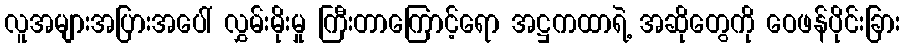
လူအများအပြားအပေါ် လွှမ်းမိုးမှု ကြီးတာကြောင့်ရော အဋ္ဌကထာရဲ့ အဆိုတွေကို ဝေဖန်ပိုင်းခြား